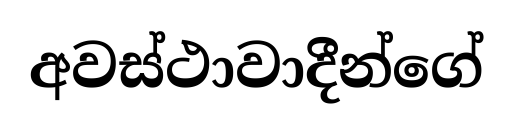
අවස්ථාවාදීන්ගේ